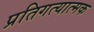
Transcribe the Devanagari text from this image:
प्रतिगत्यात्मक